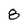
Character: 8